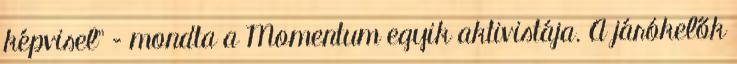
képvisel” – mondta a Momentum egyik aktivistája. A járókelők